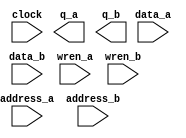
// megafunction wizard: %RAM: 2-PORT%VBB%
// GENERATION: STANDARD
// VERSION: WM1.0
// MODULE: altsyncram 

// ============================================================
// Megafunction Name(s):
// 			altsyncram
//
// Simulation Library Files(s):
// 			altera_mf
// ============================================================
// ************************************************************
// THIS IS A WIZARD-GENERATED FILE. DO NOT EDIT THIS FILE!
//
// 13.0.1 Build 232 06/12/2013 SP 1 SJ Web Edition
// ************************************************************

//Copyright (C) 1991-2013 Altera Corporation
//Your use of Altera Corporation's design tools, logic functions 
//and other software and tools, and its AMPP partner logic 
//functions, and any output files from any of the foregoing 
//(including device programming or simulation files), and any 
//associated documentation or information are expressly subject 
//to the terms and conditions of the Altera Program License 
//Subscription Agreement, Altera MegaCore Function License 
//Agreement, or other applicable license agreement, including, 
//without limitation, that your use is for the sole purpose of 
//programming logic devices manufactured by Altera and sold by 
//Altera or its authorized distributors.  Please refer to the 
//applicable agreement for further details.

module ram2port_adapted (
	address_a,
	address_b,
	clock,
	data_a,
	data_b,
	wren_a,
	wren_b,
	q_a,
	q_b);

	input	[9:0]  address_a;
	input	[9:0]  address_b;
	input	  clock;
	input	[15:0]  data_a;
	input	[15:0]  data_b;
	input	  wren_a;
	input	  wren_b;
	output	[15:0]  q_a;
	output	[15:0]  q_b;
`ifndef ALTERA_RESERVED_QIS
// synopsys translate_off
`endif
	tri1	  clock;
	tri0	  wren_a;
	tri0	  wren_b;
`ifndef ALTERA_RESERVED_QIS
// synopsys translate_on
`endif

endmodule

// ============================================================
// CNX file retrieval info
// ============================================================
// Retrieval info: PRIVATE: ADDRESSSTALL_A NUMERIC "0"
// Retrieval info: PRIVATE: ADDRESSSTALL_B NUMERIC "0"
// Retrieval info: PRIVATE: BYTEENA_ACLR_A NUMERIC "0"
// Retrieval info: PRIVATE: BYTEENA_ACLR_B NUMERIC "0"
// Retrieval info: PRIVATE: BYTE_ENABLE_A NUMERIC "0"
// Retrieval info: PRIVATE: BYTE_ENABLE_B NUMERIC "0"
// Retrieval info: PRIVATE: BYTE_SIZE NUMERIC "8"
// Retrieval info: PRIVATE: BlankMemory NUMERIC "1"
// Retrieval info: PRIVATE: CLOCK_ENABLE_INPUT_A NUMERIC "0"
// Retrieval info: PRIVATE: CLOCK_ENABLE_INPUT_B NUMERIC "0"
// Retrieval info: PRIVATE: CLOCK_ENABLE_OUTPUT_A NUMERIC "0"
// Retrieval info: PRIVATE: CLOCK_ENABLE_OUTPUT_B NUMERIC "0"
// Retrieval info: PRIVATE: CLRdata NUMERIC "0"
// Retrieval info: PRIVATE: CLRq NUMERIC "0"
// Retrieval info: PRIVATE: CLRrdaddress NUMERIC "0"
// Retrieval info: PRIVATE: CLRrren NUMERIC "0"
// Retrieval info: PRIVATE: CLRwraddress NUMERIC "0"
// Retrieval info: PRIVATE: CLRwren NUMERIC "0"
// Retrieval info: PRIVATE: Clock NUMERIC "0"
// Retrieval info: PRIVATE: Clock_A NUMERIC "0"
// Retrieval info: PRIVATE: Clock_B NUMERIC "0"
// Retrieval info: PRIVATE: IMPLEMENT_IN_LES NUMERIC "0"
// Retrieval info: PRIVATE: INDATA_ACLR_B NUMERIC "0"
// Retrieval info: PRIVATE: INDATA_REG_B NUMERIC "1"
// Retrieval info: PRIVATE: INIT_FILE_LAYOUT STRING "PORT_A"
// Retrieval info: PRIVATE: INIT_TO_SIM_X NUMERIC "0"
// Retrieval info: PRIVATE: INTENDED_DEVICE_FAMILY STRING "Cyclone II"
// Retrieval info: PRIVATE: JTAG_ENABLED NUMERIC "0"
// Retrieval info: PRIVATE: JTAG_ID STRING "NONE"
// Retrieval info: PRIVATE: MAXIMUM_DEPTH NUMERIC "0"
// Retrieval info: PRIVATE: MEMSIZE NUMERIC "16384"
// Retrieval info: PRIVATE: MEM_IN_BITS NUMERIC "0"
// Retrieval info: PRIVATE: MIFfilename STRING ""
// Retrieval info: PRIVATE: OPERATION_MODE NUMERIC "3"
// Retrieval info: PRIVATE: OUTDATA_ACLR_B NUMERIC "0"
// Retrieval info: PRIVATE: OUTDATA_REG_B NUMERIC "1"
// Retrieval info: PRIVATE: RAM_BLOCK_TYPE NUMERIC "0"
// Retrieval info: PRIVATE: READ_DURING_WRITE_MODE_MIXED_PORTS NUMERIC "2"
// Retrieval info: PRIVATE: READ_DURING_WRITE_MODE_PORT_A NUMERIC "3"
// Retrieval info: PRIVATE: READ_DURING_WRITE_MODE_PORT_B NUMERIC "3"
// Retrieval info: PRIVATE: REGdata NUMERIC "1"
// Retrieval info: PRIVATE: REGq NUMERIC "1"
// Retrieval info: PRIVATE: REGrdaddress NUMERIC "0"
// Retrieval info: PRIVATE: REGrren NUMERIC "0"
// Retrieval info: PRIVATE: REGwraddress NUMERIC "1"
// Retrieval info: PRIVATE: REGwren NUMERIC "1"
// Retrieval info: PRIVATE: SYNTH_WRAPPER_GEN_POSTFIX STRING "1"
// Retrieval info: PRIVATE: USE_DIFF_CLKEN NUMERIC "0"
// Retrieval info: PRIVATE: UseDPRAM NUMERIC "1"
// Retrieval info: PRIVATE: VarWidth NUMERIC "0"
// Retrieval info: PRIVATE: WIDTH_READ_A NUMERIC "16"
// Retrieval info: PRIVATE: WIDTH_READ_B NUMERIC "16"
// Retrieval info: PRIVATE: WIDTH_WRITE_A NUMERIC "16"
// Retrieval info: PRIVATE: WIDTH_WRITE_B NUMERIC "16"
// Retrieval info: PRIVATE: WRADDR_ACLR_B NUMERIC "0"
// Retrieval info: PRIVATE: WRADDR_REG_B NUMERIC "1"
// Retrieval info: PRIVATE: WRCTRL_ACLR_B NUMERIC "0"
// Retrieval info: PRIVATE: enable NUMERIC "0"
// Retrieval info: PRIVATE: rden NUMERIC "0"
// Retrieval info: LIBRARY: altera_mf altera_mf.altera_mf_components.all
// Retrieval info: CONSTANT: ADDRESS_REG_B STRING "CLOCK0"
// Retrieval info: CONSTANT: CLOCK_ENABLE_INPUT_A STRING "BYPASS"
// Retrieval info: CONSTANT: CLOCK_ENABLE_INPUT_B STRING "BYPASS"
// Retrieval info: CONSTANT: CLOCK_ENABLE_OUTPUT_A STRING "BYPASS"
// Retrieval info: CONSTANT: CLOCK_ENABLE_OUTPUT_B STRING "BYPASS"
// Retrieval info: CONSTANT: INDATA_REG_B STRING "CLOCK0"
// Retrieval info: CONSTANT: INTENDED_DEVICE_FAMILY STRING "Cyclone II"
// Retrieval info: CONSTANT: LPM_TYPE STRING "altsyncram"
// Retrieval info: CONSTANT: NUMWORDS_A NUMERIC "1024"
// Retrieval info: CONSTANT: NUMWORDS_B NUMERIC "1024"
// Retrieval info: CONSTANT: OPERATION_MODE STRING "BIDIR_DUAL_PORT"
// Retrieval info: CONSTANT: OUTDATA_ACLR_A STRING "NONE"
// Retrieval info: CONSTANT: OUTDATA_ACLR_B STRING "NONE"
// Retrieval info: CONSTANT: OUTDATA_REG_A STRING "CLOCK0"
// Retrieval info: CONSTANT: OUTDATA_REG_B STRING "CLOCK0"
// Retrieval info: CONSTANT: POWER_UP_UNINITIALIZED STRING "FALSE"
// Retrieval info: CONSTANT: READ_DURING_WRITE_MODE_MIXED_PORTS STRING "DONT_CARE"
// Retrieval info: CONSTANT: WIDTHAD_A NUMERIC "10"
// Retrieval info: CONSTANT: WIDTHAD_B NUMERIC "10"
// Retrieval info: CONSTANT: WIDTH_A NUMERIC "16"
// Retrieval info: CONSTANT: WIDTH_B NUMERIC "16"
// Retrieval info: CONSTANT: WIDTH_BYTEENA_A NUMERIC "1"
// Retrieval info: CONSTANT: WIDTH_BYTEENA_B NUMERIC "1"
// Retrieval info: CONSTANT: WRCONTROL_WRADDRESS_REG_B STRING "CLOCK0"
// Retrieval info: USED_PORT: address_a 0 0 10 0 INPUT NODEFVAL "address_a[9..0]"
// Retrieval info: USED_PORT: address_b 0 0 10 0 INPUT NODEFVAL "address_b[9..0]"
// Retrieval info: USED_PORT: clock 0 0 0 0 INPUT VCC "clock"
// Retrieval info: USED_PORT: data_a 0 0 16 0 INPUT NODEFVAL "data_a[15..0]"
// Retrieval info: USED_PORT: data_b 0 0 16 0 INPUT NODEFVAL "data_b[15..0]"
// Retrieval info: USED_PORT: q_a 0 0 16 0 OUTPUT NODEFVAL "q_a[15..0]"
// Retrieval info: USED_PORT: q_b 0 0 16 0 OUTPUT NODEFVAL "q_b[15..0]"
// Retrieval info: USED_PORT: wren_a 0 0 0 0 INPUT GND "wren_a"
// Retrieval info: USED_PORT: wren_b 0 0 0 0 INPUT GND "wren_b"
// Retrieval info: CONNECT: @address_a 0 0 10 0 address_a 0 0 10 0
// Retrieval info: CONNECT: @address_b 0 0 10 0 address_b 0 0 10 0
// Retrieval info: CONNECT: @clock0 0 0 0 0 clock 0 0 0 0
// Retrieval info: CONNECT: @data_a 0 0 16 0 data_a 0 0 16 0
// Retrieval info: CONNECT: @data_b 0 0 16 0 data_b 0 0 16 0
// Retrieval info: CONNECT: @wren_a 0 0 0 0 wren_a 0 0 0 0
// Retrieval info: CONNECT: @wren_b 0 0 0 0 wren_b 0 0 0 0
// Retrieval info: CONNECT: q_a 0 0 16 0 @q_a 0 0 16 0
// Retrieval info: CONNECT: q_b 0 0 16 0 @q_b 0 0 16 0
// Retrieval info: GEN_FILE: TYPE_NORMAL ram2port_adapted.v TRUE
// Retrieval info: GEN_FILE: TYPE_NORMAL ram2port_adapted.inc FALSE
// Retrieval info: GEN_FILE: TYPE_NORMAL ram2port_adapted.cmp FALSE
// Retrieval info: GEN_FILE: TYPE_NORMAL ram2port_adapted.bsf TRUE
// Retrieval info: GEN_FILE: TYPE_NORMAL ram2port_adapted_inst.v TRUE
// Retrieval info: GEN_FILE: TYPE_NORMAL ram2port_adapted_bb.v TRUE
// Retrieval info: GEN_FILE: TYPE_NORMAL ram2port_adapted_syn.v TRUE
// Retrieval info: LIB_FILE: altera_mf